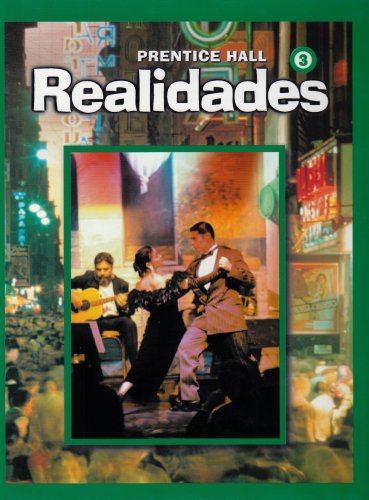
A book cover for Realidades 3 (Spanish Edition); Peggy Boyles; Teen & Young Adult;